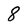
Character: 8